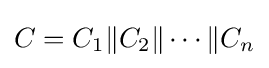
C=C_{1}\|C_{2}\|\cdots \|C_{n}